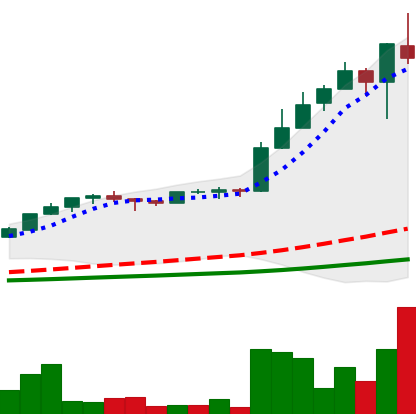
Ticker: LTC-USD
Chart end date: 2017-05-10
Forward return: -20.639%
Label: down_7plus